Annual report of the Madras Medical College
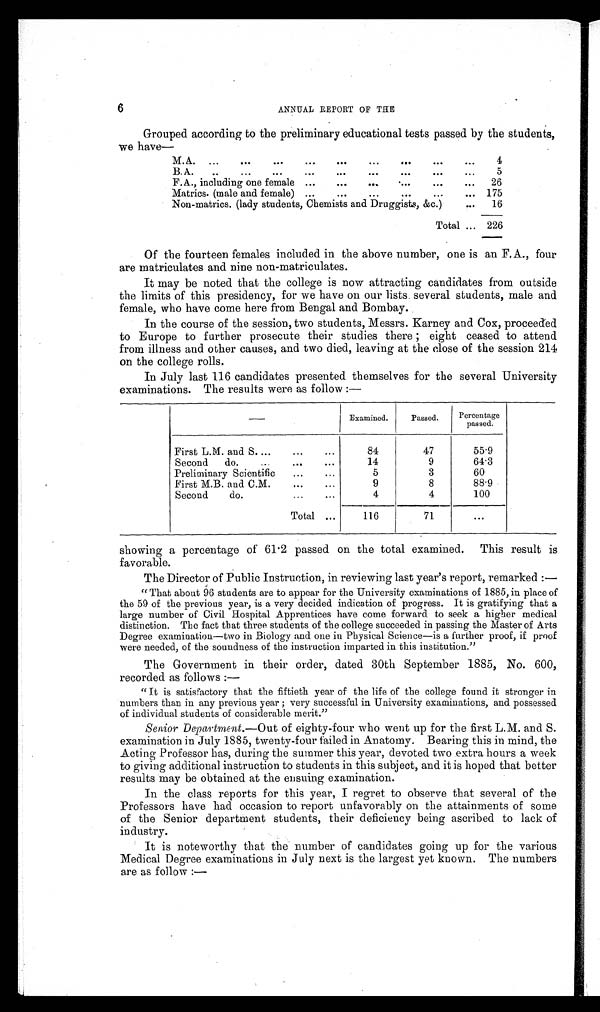
6
ANNUAL REPORT OF THE
Grouped according to the preliminary educational tests passed by the students,
we have
M.A.
4
B. A.
5
F.A., including one female
26
Matrics. (male and female)
175
Non-matrics. (lady students,Chemists and Druggists, &c.)
16
Total
226
Of the fourteen females included in the above number, one is an F.A., four
are matriculates and nine non-matriculates.
It may be noted that the college is now attracting candidates from outside
the limits of this presidency, for we have on our lists. several students, male and
female, who have come here from Bengal and Bombay.
In the course of the session, two students, Messrs. Karney and Cox, proceeded
to Europe to further prosecute their studies there eight ceased to attend
from illness and other causes, and two died, leaving at the close of the session 214
on the college rolls.
In July last 116 candidates presented themselves for the several University
examnations. The results were ass follow: —
Examined.
Passed.
Percentage
passed.
First L.M. and S.
84
47
55.9
Second do.
14
9
64.3
Preliminary Scientific
5
3
60
First M.B. and CLM.
9
8
88.9
Second do.
4
4
100
Total
116
71
showing a percentage of 61 . 2 passed on the total examined. This result is
favorable.
The Director of Public Instruction, in reviewing last year's report, remarked: —
"That about 96 students are to appear for the University examinations of 1885, in place of
the 59 of the previous year, is a very decided indication of progress. It is gratifying that a
large number of Civil Hospital Apprentices have come forward to seek a higher medical
distinction. The fact that three students of the college succeeded in passing the Master of Arts
Degree examination—two in Biology and one in Physical Science—is a further proof, if proof
were needed, of the soundness of the instruction imparted in this institution."
The Government in their order, dated 30th September 1885, No. 600,
recorded as follows :—
"It is satisfactory that the fiftieth year of the life of the college found it stronger in
numbers than in any previous year ; very successful in University examinations, and possessed
of individual students of considerable merit."
Seniors Department. —Out of eighty-four who went up for the first L.M. and S.
examination in July 1885, twenty-four failed in Anatomy. Bearing this in mind, the
Acting Professor has, during the summer this year, devoted two extra hours a week
to giving additional instruction to students in this subject, and it is hoped that better
results may be obtained at the ensuing examination.
In the class reports for this year, I regret to observe that several of the
Professors have had occasion to report unfavorably on the attainments of some
of the Senior department students, their deficiency being ascribed to lack of
industry.
It is noteworthy that the number of candidates going up for the various
Medical Degree examinations in July next is the largest yet known. The numbers
are as follow: —